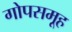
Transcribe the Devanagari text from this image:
गोपसमूह